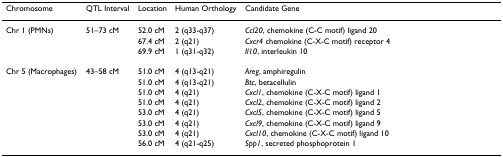
| Chromosome | QTL Interval | Location | Human Orthology | Candidate Gene |
 | --- | --- | --- | --- | --- |
 | Chr 1 (PMNs) | 51–73 cM | 52.0 cM | 2 (q33-q37) | Ccl20, chemokine (C-C motif) ligand 20 |
 |  |  | 67.4 cM | 2 (q21) | Cxcr4 chemokine (C-X-C motif) receptor 4 |
 |  |  | 69.9 cM | 1 (q31-q32) | Il10, interleukin 10 |
 | Chr 5 (Macrophages) | 43–58 cM | 51.0 cM | 4 (q13-q21) | Areg, amphiregulin |
 |  |  | 51.0 cM | 4 (q13-q21) | Btc, betacellulin |
 |  |  | 51.0 cM | 4 (q21) | Cxcl1, chemokine (C-X-C motif) ligand 1 |
 |  |  | 51.0 cM | 4 (q21) | Cxcl2, chemokine (C-X-C motif) ligand 2 |
 |  |  | 53.0 cM | 4 (q21) | Cxcl5, chemokine (C-X-C motif) ligand 5 |
 |  |  | 53.0 cM | 4 (q21) | Cxcl9, chemokine (C-X-C motif) ligand 9 |
 |  |  | 53.0 cM | 4 (q21) | Cxcl10, chemokine (C-X-C motif) ligand 10 |
 |  |  | 56.0 cM | 4 (q21-q25) | Spp1, secreted phosphoprotein 1 |